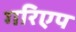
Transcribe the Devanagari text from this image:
गरिएप